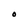
Character: O